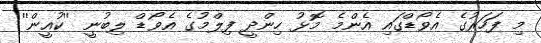
މި ފަހަރުގެ އެވޯޑްގައި އެެންމެ މޮޅު ހިންދީ ފިލްމުގެ އެވޯޑް ލިބުނީ ''ކުއީން''